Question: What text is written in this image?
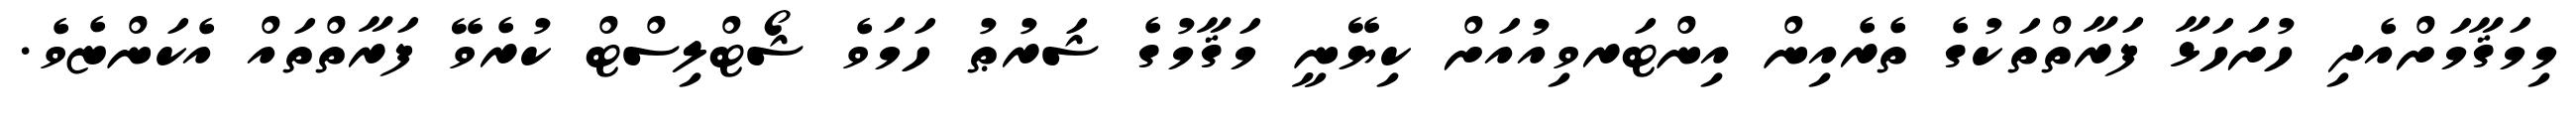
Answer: މިމަޤާމަށްއެދި ހުށަހަޅާ ފަރާތްތަކުގެ ތެރެއިން އިންޓަރވިއުއަށް ކިޔޭނީ މަޤާމުގެ ޝަރުޠު ހަމަވެ ޝޯޓްލިސްޓް ކުރެވޭ ފަރާތްތައް އެކަންޏެވެ.